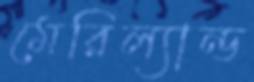
মেরিল্যান্ড